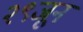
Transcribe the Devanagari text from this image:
२९जून